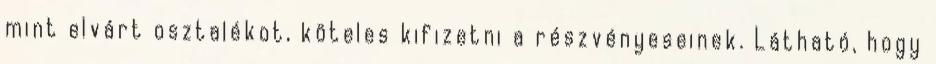
mint elvárt osztalékot, köteles kifizetni a részvényeseinek. Látható, hogy